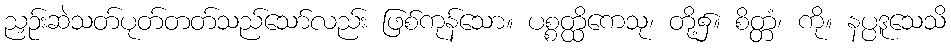
ညှဉ်းဆဲသတ်ပုတ်တတ်သည်သော်လည်း ဖြစ်ကုန်သော။ ပစ္စတ္ထိကေသု၊ တို့၌။ စိတ္တံ၊ ကို။ နပ္ပဒူသေသိ